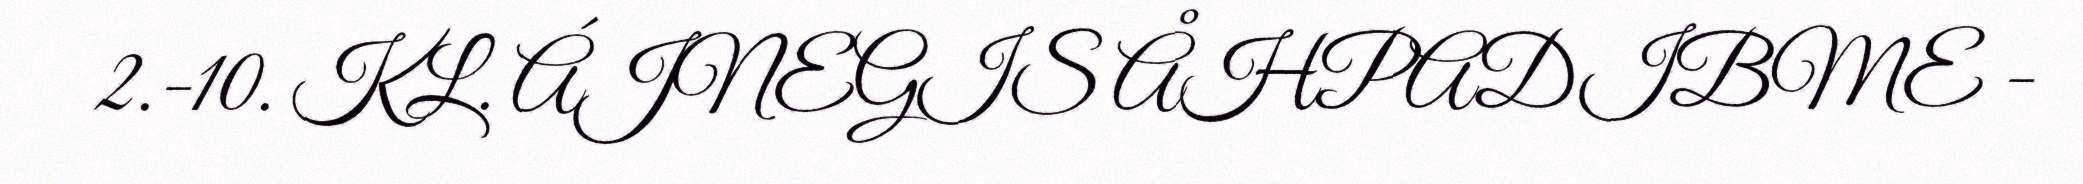
2.-10. KL. ÁJNEGIS ÅHPADIBME -